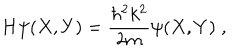
LaTeX: H \psi ( X , Y ) = \frac { \hbar ^ { 2 } k ^ { 2 } } { 2 m } \psi ( X , Y ) \; ,